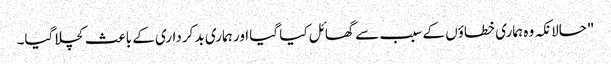
"حالانکہ وہ ہماری خطاؤں کے سبب سے گھائل کیا گیا اور ہماری بد کرداری کے باعث کچلا گیا۔